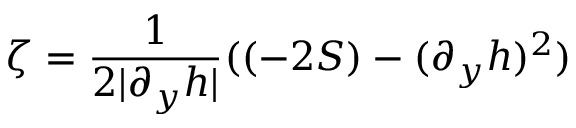
\zeta = \frac { 1 } { 2 | \partial _ { y } h | } ( ( - 2 S ) - ( \partial _ { y } h ) ^ { 2 } )